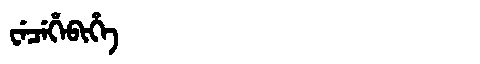
Manchu: ᠸᡝᠴᡝᡥᡝᠪᡳᡥᡝ
Romanization: WECEHEBIHE